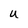
Character: U